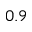
0 . 9